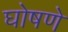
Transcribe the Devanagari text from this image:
घोषणे